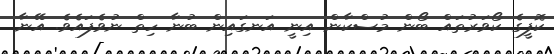
ކޮފީގެ ކޯވަރުތައް ބޯން މުސްކާން އިނީ އަނގައިން ބުނާ ހިތް ނުވެފައެވެ. އޭނާ